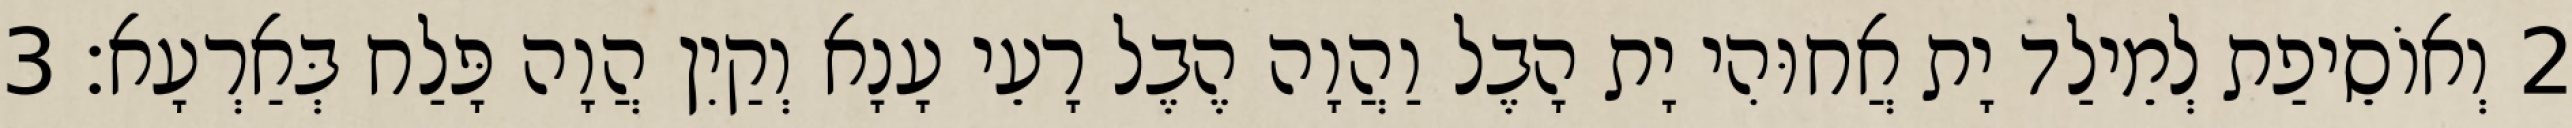
2 וְאוֹסֵיפַת לְמֵילַד יָת אֲחוּהִי יָת הָבֶל וַהֲוָה הֶבֶל רָעֵי עָנָא וְקַיִן הֲוָה פָּלַח בְּאַרְעָא׃ 3